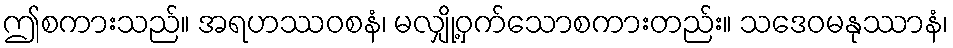
ဤစကားသည်။ အရဟဿဝစနံ၊ မလျှို့ဝှက်သောစကားတည်း။ သဒေဝမနုဿာနံ၊